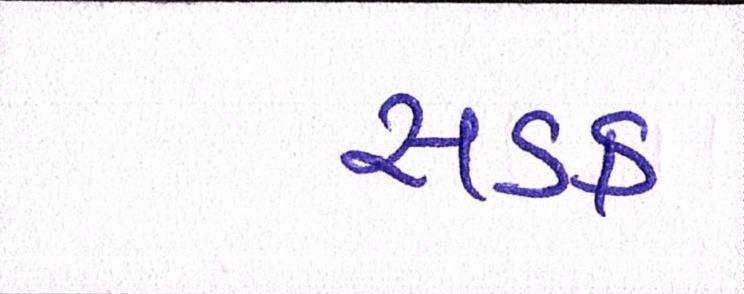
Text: સડક